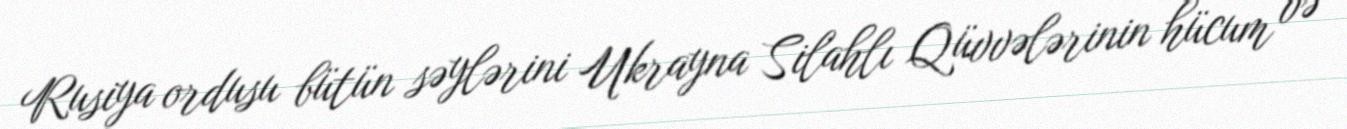
Rusiya ordusu bütün səylərini Ukrayna Silahlı Qüvvələrinin hücum və